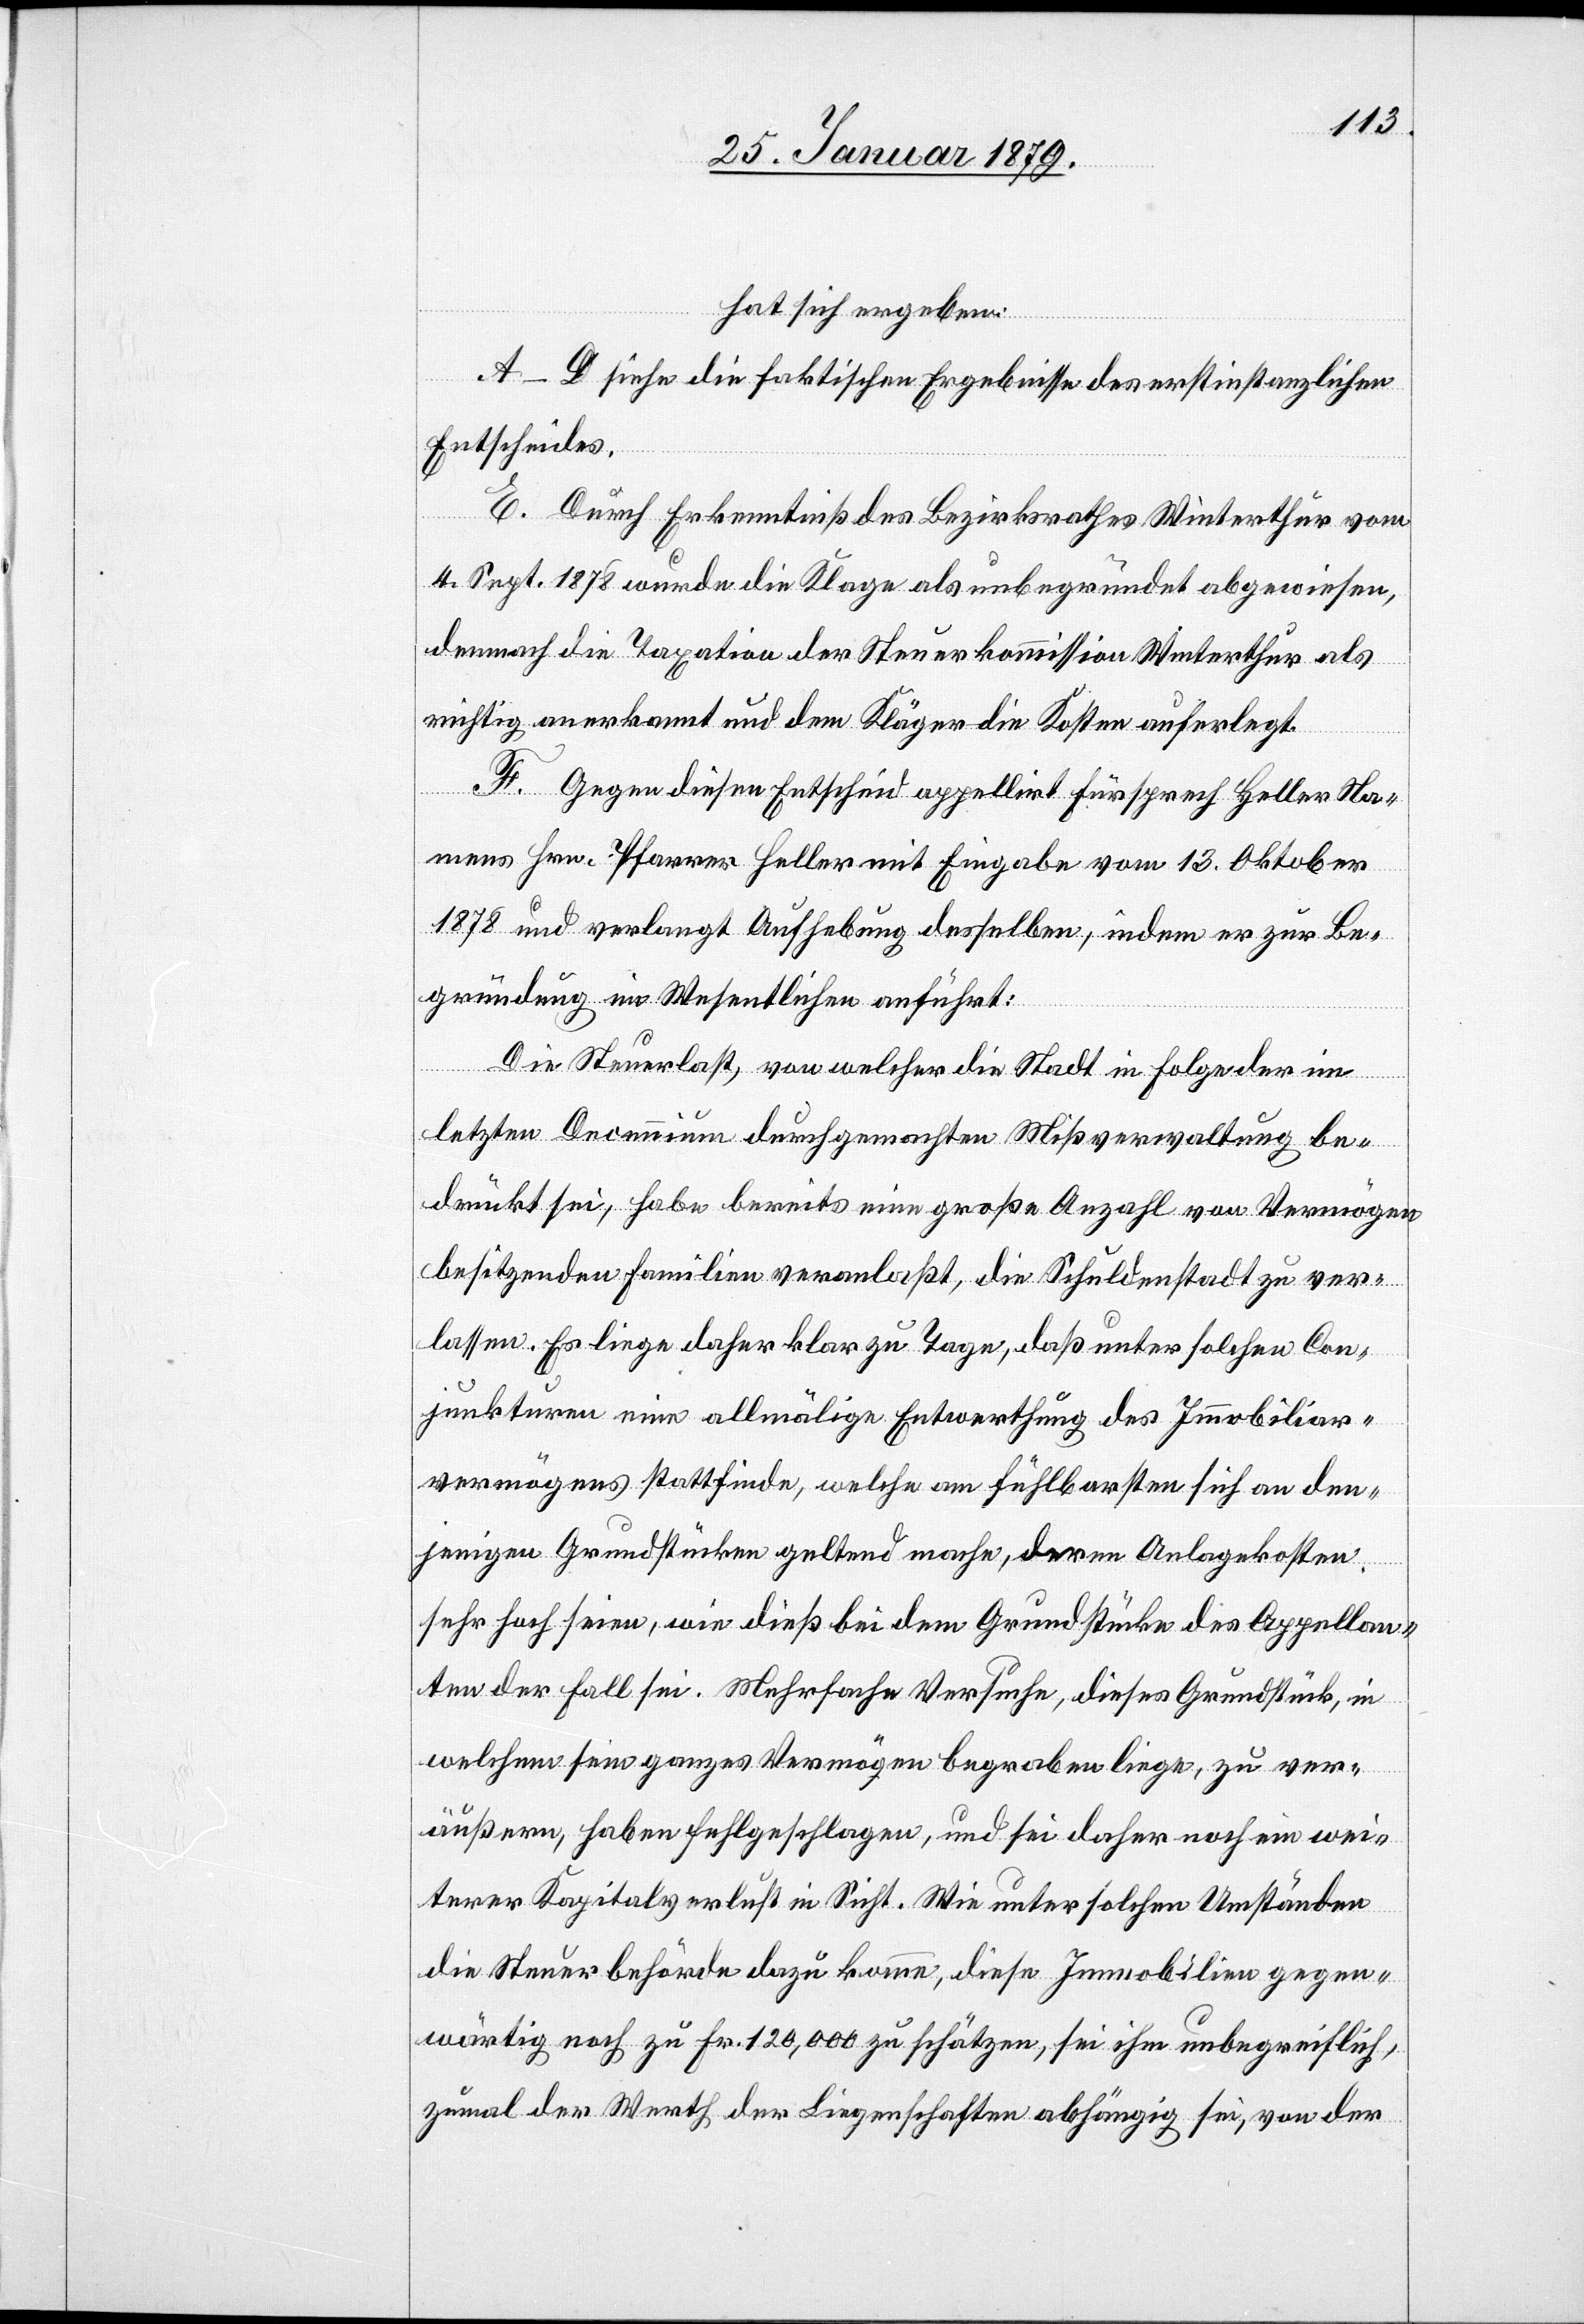
hat sich ergeben:
A–D siehe die faktischen Ergebnisse des erstinstanzlichen
Entscheides.
E. Durch Erkenntniß des Bezirksrathes Winterthur vom
4. Sept. 1878 wurde die Klage als unbegründet abgewiesen,
demnach die Taxation der Steuerkommission Winterthur als
richtig anerkannt und dem Kläger die Kosten auferlegt.
F. Gegen diesen Entscheid appellirt Fürsprech Heller Na¬
mens Hrn. Pfarrer Heller mit Eingabe vom 13. Oktober
1878 und verlangt Aufhebung desselben, indem er zur Be¬
gründung im Wesentlichen anführt:
Die Steuerlast, von welcher die Stadt in Folge der im
letzten Decennium durchgemachten Mißverwaltung be¬
drückt sei, habe bereits eine große Anzahl von Vermögen
besitzenden Familien veranlaßt, die Schuldenstadt zu ver¬
lassen. Es liege daher klar zu Tage, daß unter solchen Con¬
junkturen eine allmälige Entwerthung des Immobiliar¬
vermögens stattfinde, welche am fühlbarsten sich an den¬
jenigen Grundstücken geltend mache, deren Anlagekosten
sehr hoch seien, wie dieß bei dem Grundstücke des Appellan¬
ten der Fall sei. Mehrfache Versuche, dieses Grundstück, in
welchem sein ganzes Vermögen begraben liege, zu ver¬
äußern, haben fehlgeschlagen, und sei daher noch ein wei¬
terer Kapitalverlust in Sicht. Wie unter solchen Umständen
die Steuerbehörde dazu komme, diese Immobilien gegen¬
wärtig noch zu Fr. 120,000 zu schätzen, sei ihm unbegreiflich,
zumal der Werth der Liegenschaften abhängig sei, von der